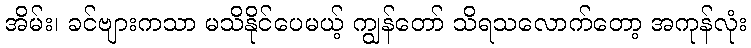
အိမ်း၊ ခင်ဗျားကသာ မသိနိုင်ပေမယ့် ကျွန်တော် သိရသလောက်တော့ အကုန်လုံး